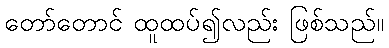
တော်တောင် ထူထပ်၍လည်း ဖြစ်သည်။